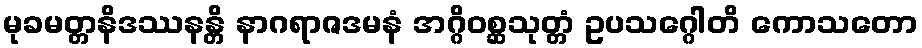
မုခမတ္တနိဒဿနန္တိ နာဂရာဇဒမနံ အဂ္ဂိဝစ္ဆသုတ္တံ ဥပသဂ္ဂေါတိ ကောသတော